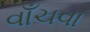
વાઁચવા